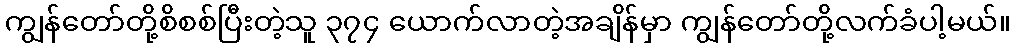
ကျွန်တော်တို့စိစစ်ပြီးတဲ့သူ ၃၇၄ ယောက်လာတဲ့အချိန်မှာ ကျွန်တော်တို့လက်ခံပါ့မယ်။